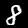
Label: 8